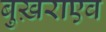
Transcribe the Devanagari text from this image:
बुख़राएव